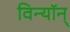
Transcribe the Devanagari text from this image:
विन्यॉन्